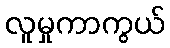
လူမှုကာကွယ်